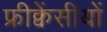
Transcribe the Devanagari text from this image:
फ्रीक्वेंसीयों